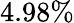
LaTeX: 4.98\%